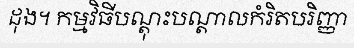
ដុង។ កម្មវិធីបណ្តុះបណ្តាលកំរិតបរិញ្ញា